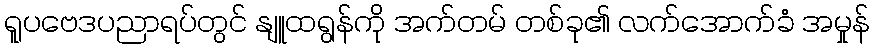
ရူပဗေဒပညာရပ်တွင် နျူထရွန်ကို အက်တမ် တစ်ခု၏ လက်အောက်ခံ အမှုန်